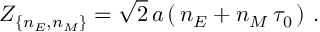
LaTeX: { \cal Z } _ { \{ n _ { E } , n _ { M } \} } = \sqrt { 2 } \, a \left( \, n _ { E } + n _ { M } \, \tau _ { 0 } \, \right) \, .